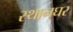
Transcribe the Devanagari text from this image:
स्थानघर